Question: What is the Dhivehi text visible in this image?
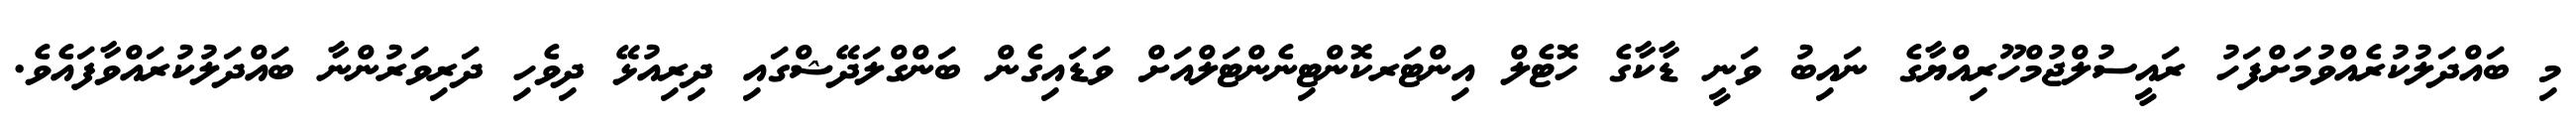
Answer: މި ބައްދަލުކުރެއްވުމަށްފަހު ރައީސުލްޖުމްހޫރިއްޔާގެ ނައިބު ވަނީ ޑާކާގެ ހޮޓެލް އިންޓަރކޮންޓިނެންޓަލްއަށް ވަޑައިގެން ބަންގްލަދޭޝްގައި ދިރިއުޅޭ ދިވެހި ދަރިވަރުންނާ ބައްދަލުކުރައްވާފައެވެ.